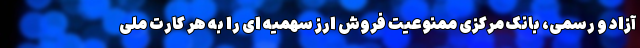
آزاد و رسمی، بانک مرکزی ممنوعیت فروش ارز سهمیه ای را به هر کارت ملی